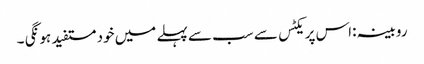
روبینہ :اس پریکٹس سے سب سے پہلے میں خود مستفید ہو نگی ۔